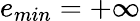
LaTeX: e_{min}=+\infty